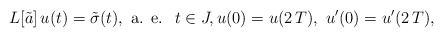
\begin{align*} L[\tilde a]\,u(t)=\tilde \sigma(t),\mbox{ a. e. }\; t\in J,u(0)=u(2\,T),\ u'(0)=u'(2\,T),\end{align*}